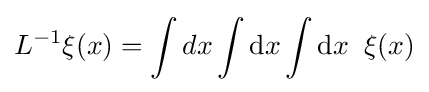
L^{-1}\xi (x)=\int dx\int \mathrm {d} x\int \mathrm {d} x\;\;\xi (x)